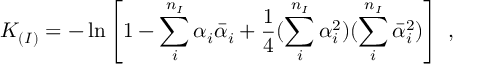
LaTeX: K _ { ( I ) } = - \ln \left[ 1 - \sum _ { i } ^ { n _ { I } } \alpha _ { i } { \bar { \alpha } } _ { i } + { \frac { 1 } { 4 } } ( \sum _ { i } ^ { n _ { I } } \alpha _ { i } ^ { 2 } ) ( \sum _ { i } ^ { n _ { I } } { \bar { \alpha } } _ { i } ^ { 2 } ) \right] \ ,